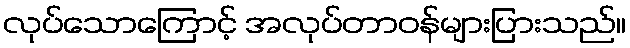
လုပ်သောကြောင့် အလုပ်တာဝန်များပြားသည်။